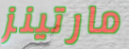
مارتينز